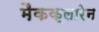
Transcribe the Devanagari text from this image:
मैकक्लारेन